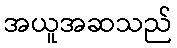
အယူအဆသည်